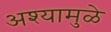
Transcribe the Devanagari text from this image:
अश्यामुळे